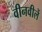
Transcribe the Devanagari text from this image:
वीनवीलें